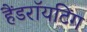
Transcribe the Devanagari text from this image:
हैंडराॅयटिंग